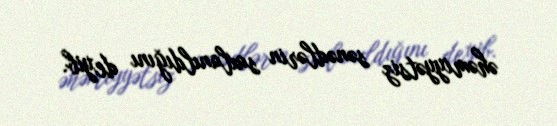
əhəmiyyətsiz sənədlərin saxlanıldığını deyib.